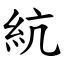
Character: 䋁